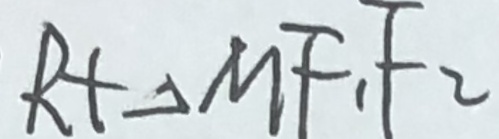
R t \Delta M F _ { 1 } F _ { 2 }